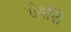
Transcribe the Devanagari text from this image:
रोवलिं